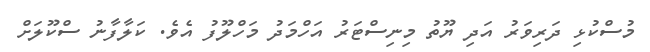
މުސްކުޅި ދަރިވަރު އަދި ޔޫތު މިނިސްޓަރު އަހްމަދު މަހްލޫފު އެވެ. ކަލާފާނު ސްކޫލަށް